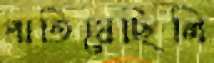
পাতিয়েছিলি